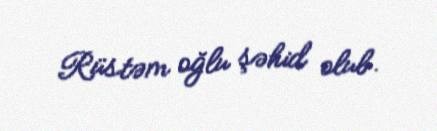
Rüstəm oğlu şəhid olub.